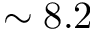
\sim 8 . 2